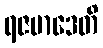
ရဇမာဒေတိ